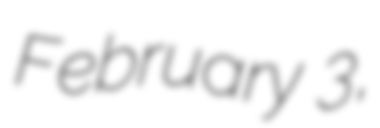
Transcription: February 3,